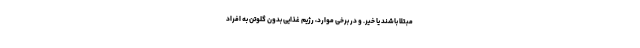
مبتلا باشند یا خیر. و در برخی موارد، رژیم غذایی بدون گلوتن به افراد